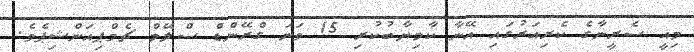
މިއީ ސެރީނާގެ ކެރިއަރުގައި އޭނާ ކާމިޔާބުކުރި 15 ވަނަ ގްރޭންޑް ސްލޭމް ޗެމްޕިއަންޝިޕެވެ.